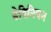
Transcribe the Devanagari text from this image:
डेविनियन